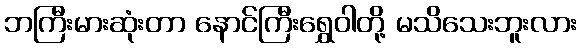
ဘကြီးမားဆုံးတာ နောင်ကြီးရွှေဝါတို့ မသိသေးဘူးလား